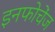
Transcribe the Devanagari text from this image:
इनफोचेंज